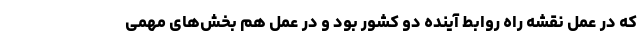
که در عمل نقشه راه روابط آینده دو کشور بود و در عمل هم بخش‌های مهمی